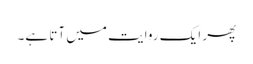
پھر ایک روایت میں آتا ہے۔